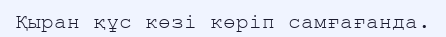
Қыран құс көзі көріп самғағанда.